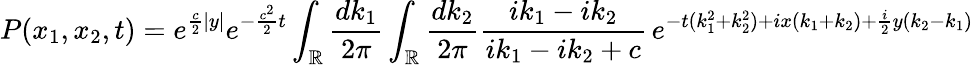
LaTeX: P(x_{1},x_{2},t)=e^{\frac{c}{2}|y|}e^{-\frac{c^{2}}{2}t}\int_{\mathbb{R}}\frac{dk_{1}}{2\pi}\int_{\mathbb{R}}\frac{dk_{2}}{2\pi}\frac{ik_{1}-ik_{2}}{ik_{1}-ik_{2}+c}\, e^{-t(k_{1}^{2}+k_{2}^{2})+ix(k_{1}+k_{2})+\frac{i}{2}y(k_{2}-k_{1})}